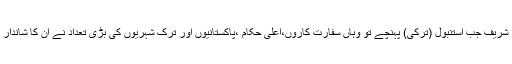
محمدشہباز شریف جب استنبول (ترکی) پہنچے تو وہاں سفارت کاروں،اعلیٰ حکام ،پاکستانیوں اور ترک شہریوں کی بڑی تعداد نے اُن کا شاندار استقبال کیا۔